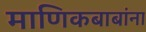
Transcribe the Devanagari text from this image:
माणिकबाबांना